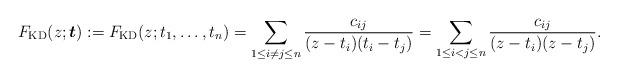
LaTeX: \begin{gather*} F_{\rm KD}(z;{\boldsymbol{t}}):= F_{\rm KD}(z;t_1,\ldots,t_n)=\sum_{1 \le i \not= j \le n}{ c_{ij} \over (z-t_i)(t_i-t_j)} = \sum_{1 \le i < j \le n} {c_{ij} \over(z-t_i)(z-t_j)}.\end{gather*}